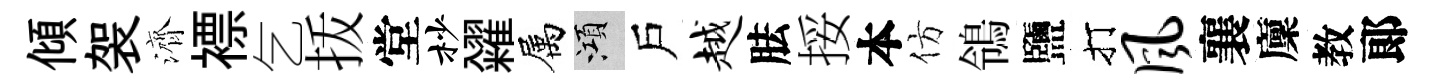
傾袈濟褾乞㧞堂杪糴属澒戶越胠挼本仿鴒鹽打风襄廩教郞